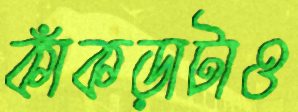
কাঁকড়াটাও